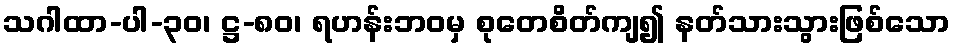
သဂါထာ-ပါ-၃၀၊ ဋ္ဌ-၈၀၊ ရဟန်းဘဝမှ စုတေစိတ်ကျ၍ နတ်သားသွားဖြစ်သော